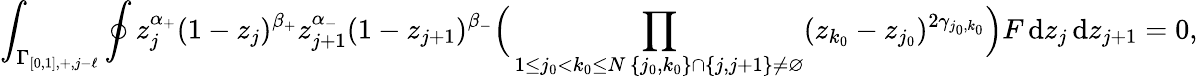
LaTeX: \int_{\Gamma_{[0,1],+,j-\ell}}\oint z_{j}^{\alpha_{+}}(1-z_{j})^{\beta_{+}}z_{j+1}^{\alpha_{-}}(1-z_{j+1})^{\beta_{-}}\Big(\prod_{\substack{1\leq j_{0}<k_{0}\leq N\, \{ j_{0},k_{0}\} \cap\{ j,j+1\} \neq\varnothing}}(z_{k_{0}}-z_{j_{0}})^{2\gamma_{j_{0},k_{0}}}\Big)F\, \mathrm{d}z_{j}\, \mathrm{d}z_{j+1}=0,